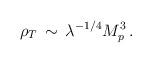
LaTeX: \begin{align*}\rho_T \, \sim \, \lambda^{-1/4} M_p^3 \, .\end{align*}